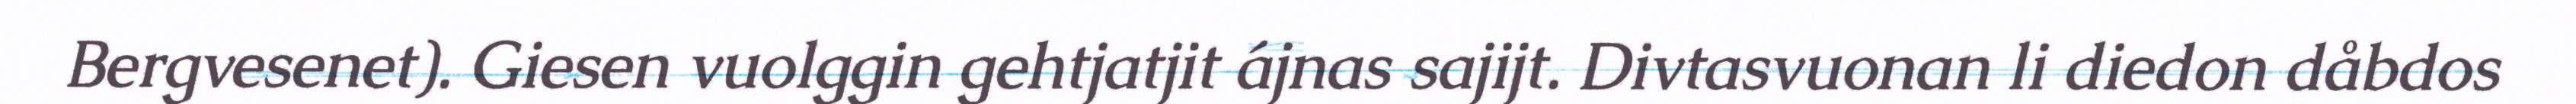
Bergvesenet). Giesen vuolggin gehtjatjit ájnas sajijt. Divtasvuonan li diedon dåbdos